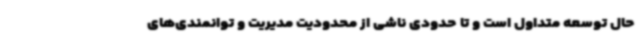
حال توسعه متداول است و تا حدودی ناشی از محدودیت مدیریت و توانمندی‌های